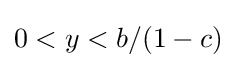
0<y<b/(1-c)